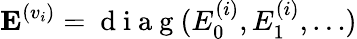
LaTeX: \mathbf{E}^{(v_{i})}=\mathrm{~d~i~a~g~}(E_{0}^{(i)},E_{1}^{(i)},\ldots)